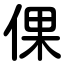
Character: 倮